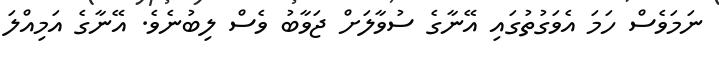
ނަމަވެސް ހަމަ އެވަގުތުގައި އޭނާގެ ސުވާލަށް ޖަވާބު ވެސް ލިބުނެވެ. އޭނާގެ އަމިއްލަ